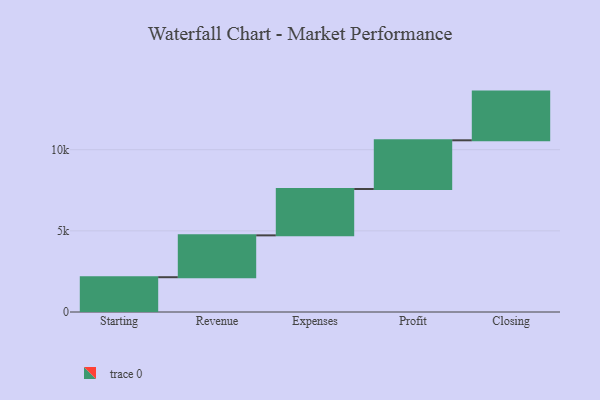
{"axis": {"x": "Step", "y": "Value"}, "legend": [""], "data": [{"x": "Starting", "y": 2143.0, "type": ""}, {"x": "Revenue", "y": 2579.0, "type": ""}, {"x": "Expenses", "y": 2856.0, "type": ""}, {"x": "Profit", "y": 3000, "type": ""}, {"x": "Closing", "y": 3000, "type": ""}]}